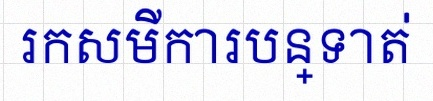
រកសមីការបន្ទាត់